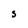
Character: S